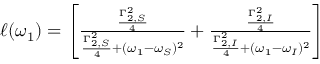
\begin{array} { r } { \ell ( \omega _ { 1 } ) = \left[ \frac { \frac { \Gamma _ { 2 , S } ^ { 2 } } { 4 } } { \frac { \Gamma _ { 2 , S } ^ { 2 } } { 4 } + ( \omega _ { 1 } - \omega _ { S } ) ^ { 2 } } + \frac { \frac { \Gamma _ { 2 , I } ^ { 2 } } { 4 } } { \frac { \Gamma _ { 2 , I } ^ { 2 } } { 4 } + ( \omega _ { 1 } - \omega _ { I } ) ^ { 2 } } \right] } \end{array}